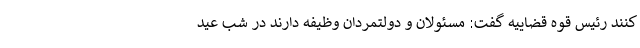
کنند رئیس قوه قضاییه گفت: مسئولان و دولتمردان وظیفه دارند در شب عید